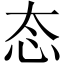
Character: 态